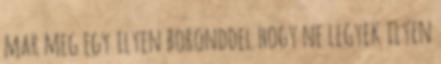
mar meg egy ilyen boronddel hogy ne legyek ilyen